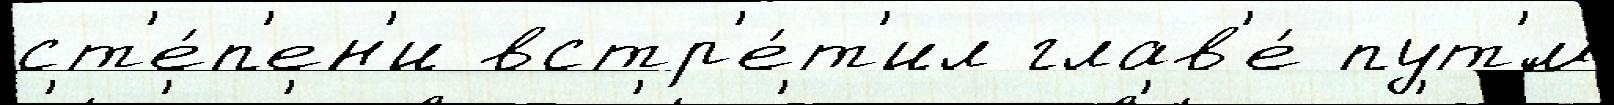
ст'е́п'ен'и встр'е́т'ил глав'е́ пут'́м